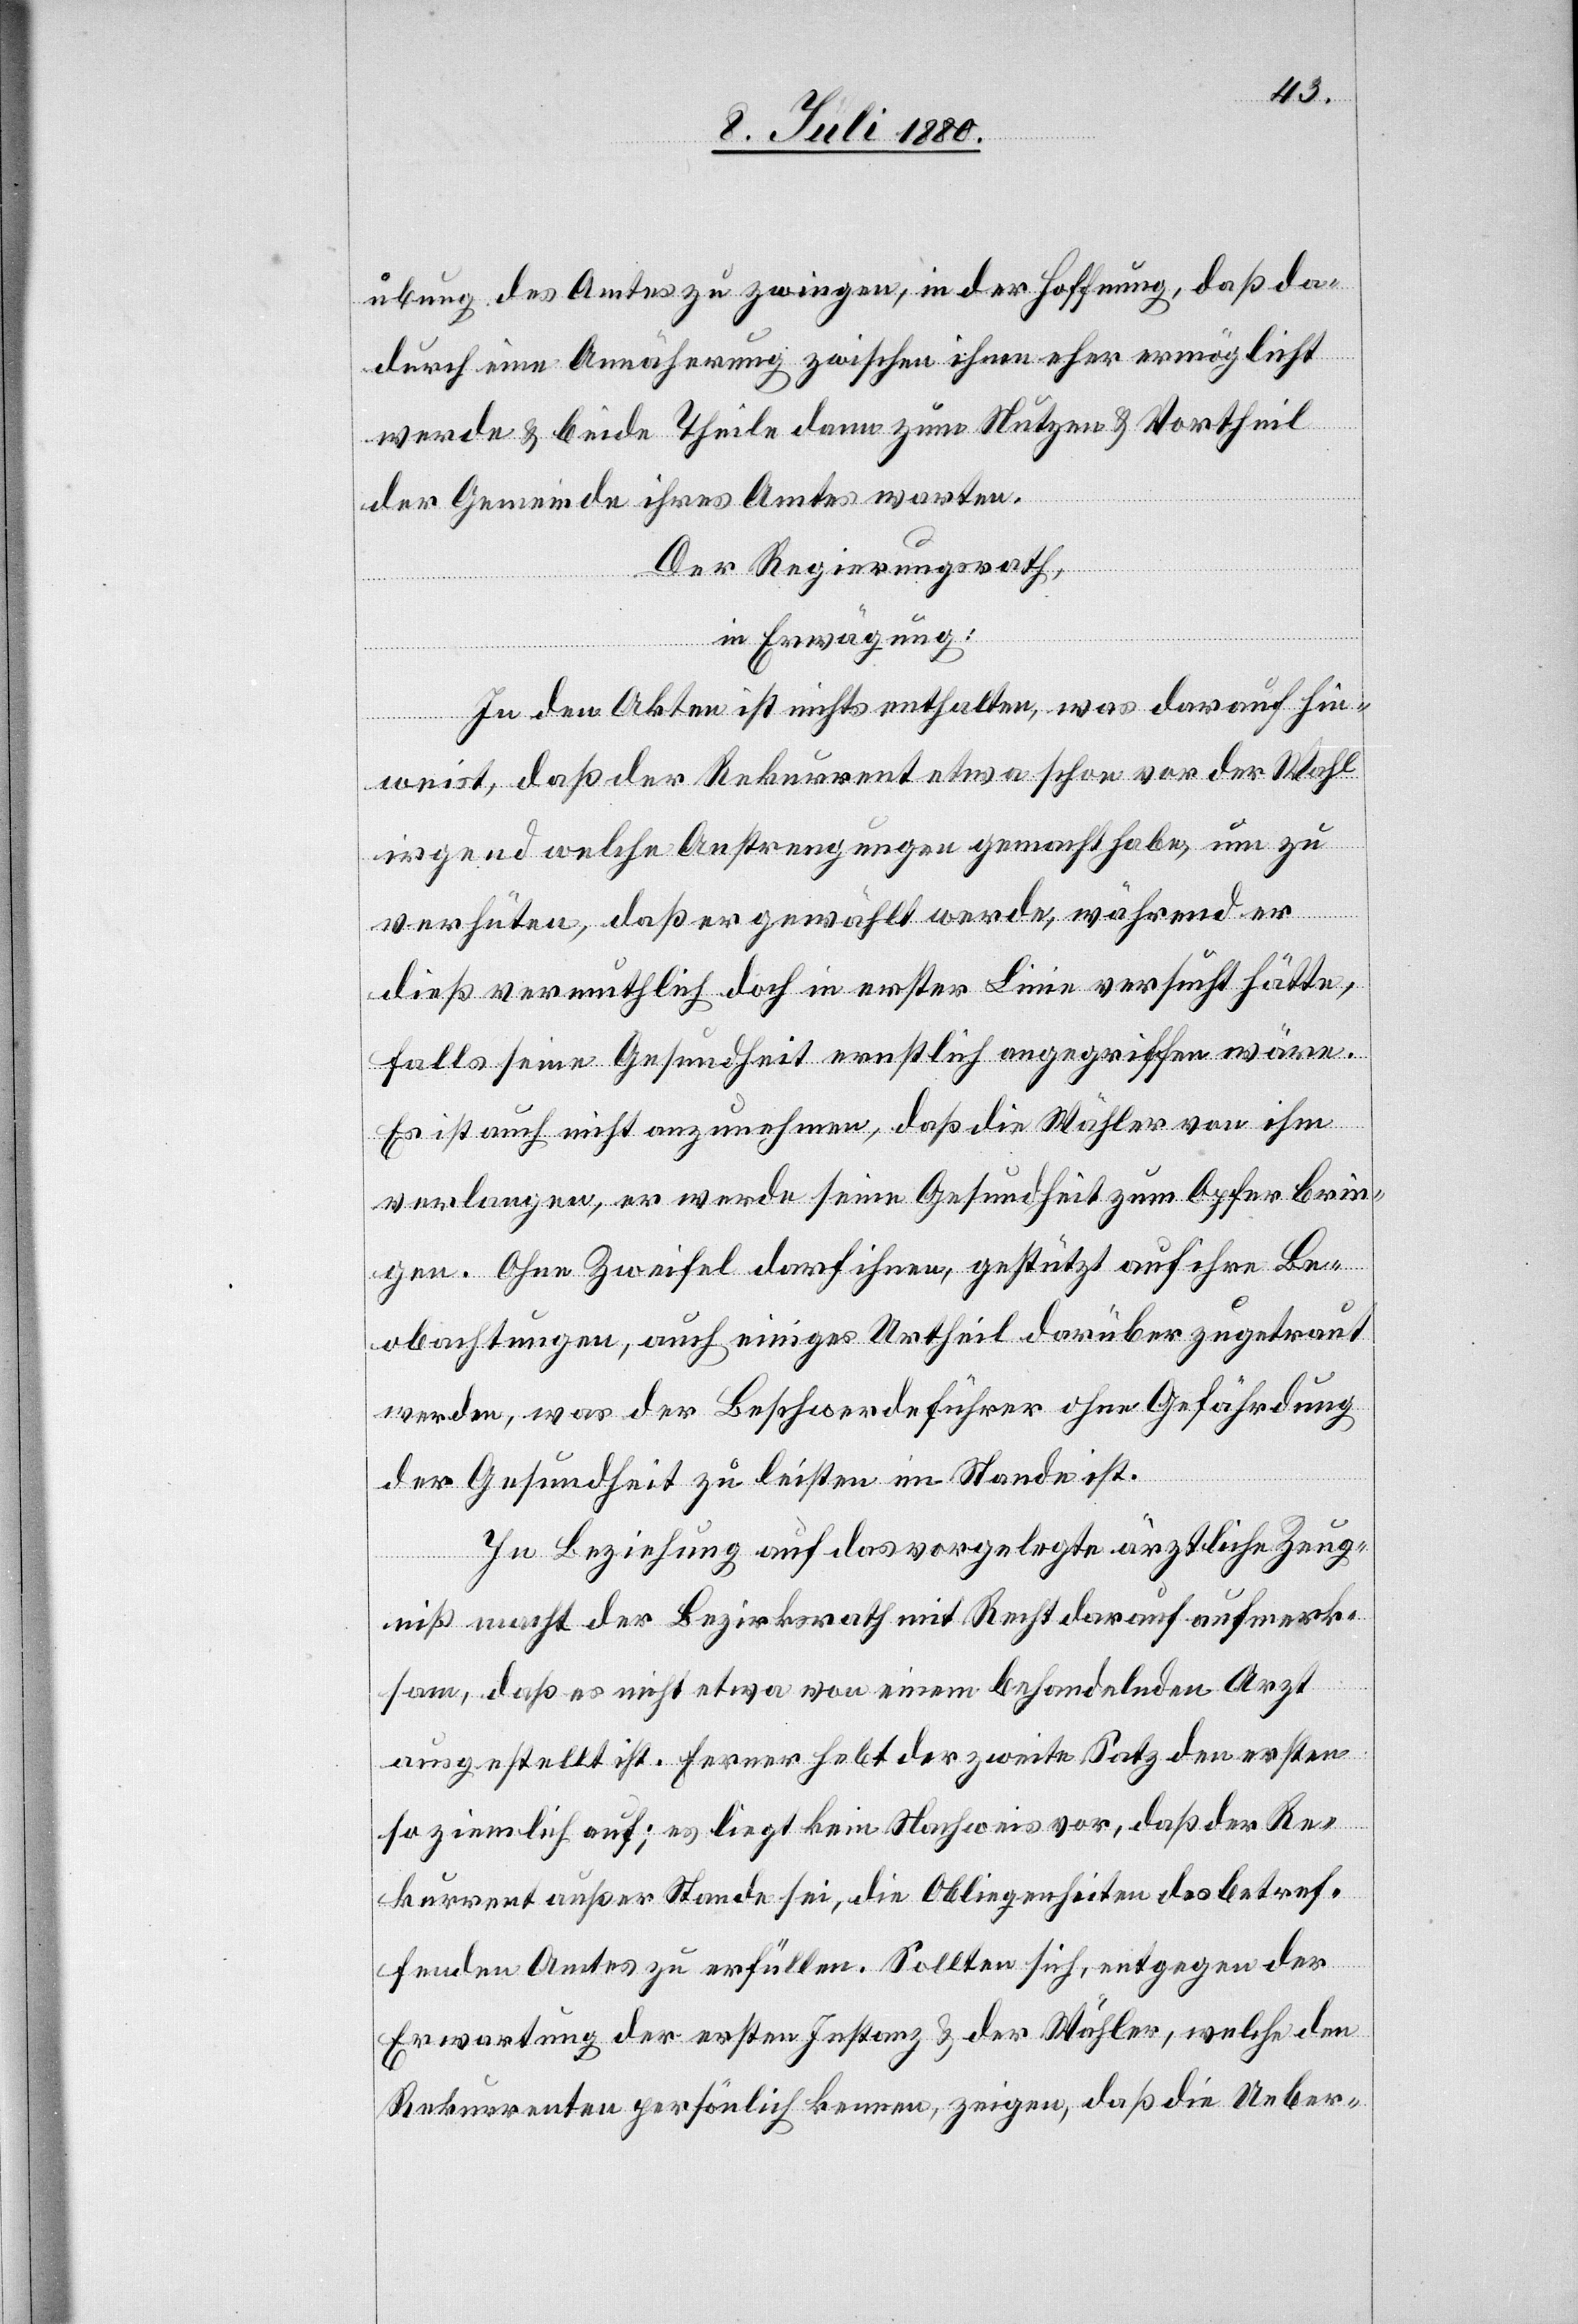
übung des Amtes zu zwingen, in der Hoffnung, daß da¬
durch eine Annäherung zwischen ihnen eher ermöglicht
werde & beide Theile dann zum Nutzen & Vortheil
der Gemeinde ihres Amtes warten.
Der Regierungsrath,
in Erwägung:
In den Akten ist nichts enthalten, was darauf hin¬
weist, daß der Rekurrent etwa schon vor der Wahl
irgend welche Anstrengungen gemacht habe, um zu
verhüten, daß er gewählt werde, während er
dieß vermuthlich doch in erster Linie versucht hätte,
falls seine Gesundheit ernstlich angegriffen wäre.
Es ist auch nicht anzunehmen, daß die Wähler von ihm
verlangen, er werde seine Gesundheit zum Opfer brin¬
gen. Ohne Zweifel darf ihnen, gestützt auf ihre Be¬
obachtungen, auch einiges Urtheil darüber zugetraut
werden, was der Beschwerdeführer ohne Gefährdung
der Gesundheit zu leisten im Stande ist.
In Beziehung auf das vorgelegte ärztliche Zeug¬
niß macht der Bezirksrath mit Recht darauf aufmerk¬
sam, daß es nicht etwa von einem behandelnden Arzt
ausgestellt ist. Ferner hebt der zweite Satz den ersten
so ziemlich auf; es liegt kein Nachweis vor, daß der Re¬
kurrent außer Stande sei, die Obliegenheiten des betref¬
fenden Amtes zu erfüllen. Sollten sich, entgegen der
Erwartung der ersten Instanz & der Wähler, welche den
Rekurrenten persönlich kennen, zeigen, daß die Ueber-